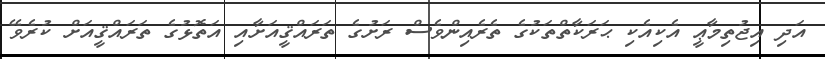
އަދި އިޖުތިމާޢީ އެކިއެކި ޙަރަކާތްތަކުގެ ތެރެއިންވެސް ރަށުގެ ތަރައްޤީއަށާއި އަތޮޅުގެ ތަރައްޤީއަށް ކުރެވޭ